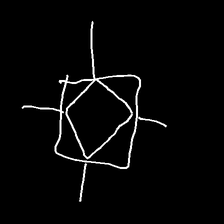
Glyph: light